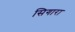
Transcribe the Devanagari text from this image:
सिगारा